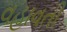
વહાવતી